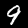
Label: 9